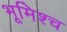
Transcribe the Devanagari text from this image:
भूमिश्च